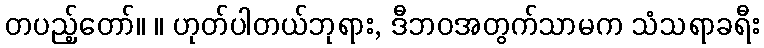
တပည့်တော်။ ။ ဟုတ်ပါတယ်ဘုရား, ဒီဘဝအတွက်သာမက သံသရာခရီး